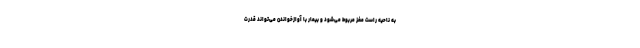
به ناحیه راست مغز مربوط می‌شود و بیمار با آوازخواندن می‌تواند قدرت